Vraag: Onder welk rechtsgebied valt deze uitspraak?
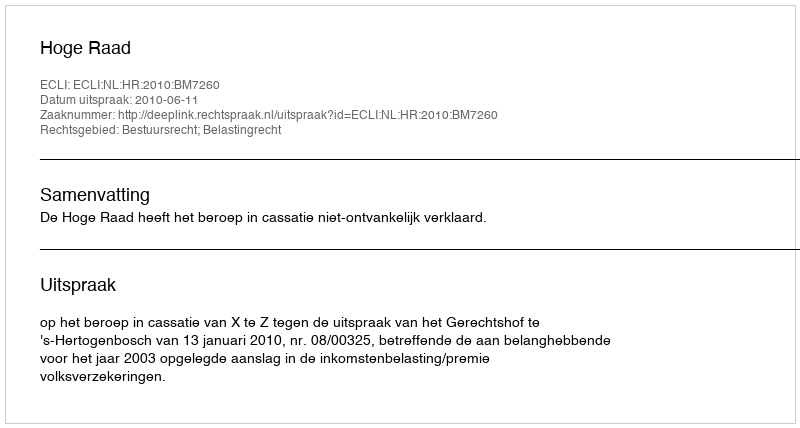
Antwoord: Bestuursrecht; Belastingrecht